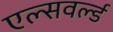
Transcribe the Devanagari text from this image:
एल्सवर्ल्ड